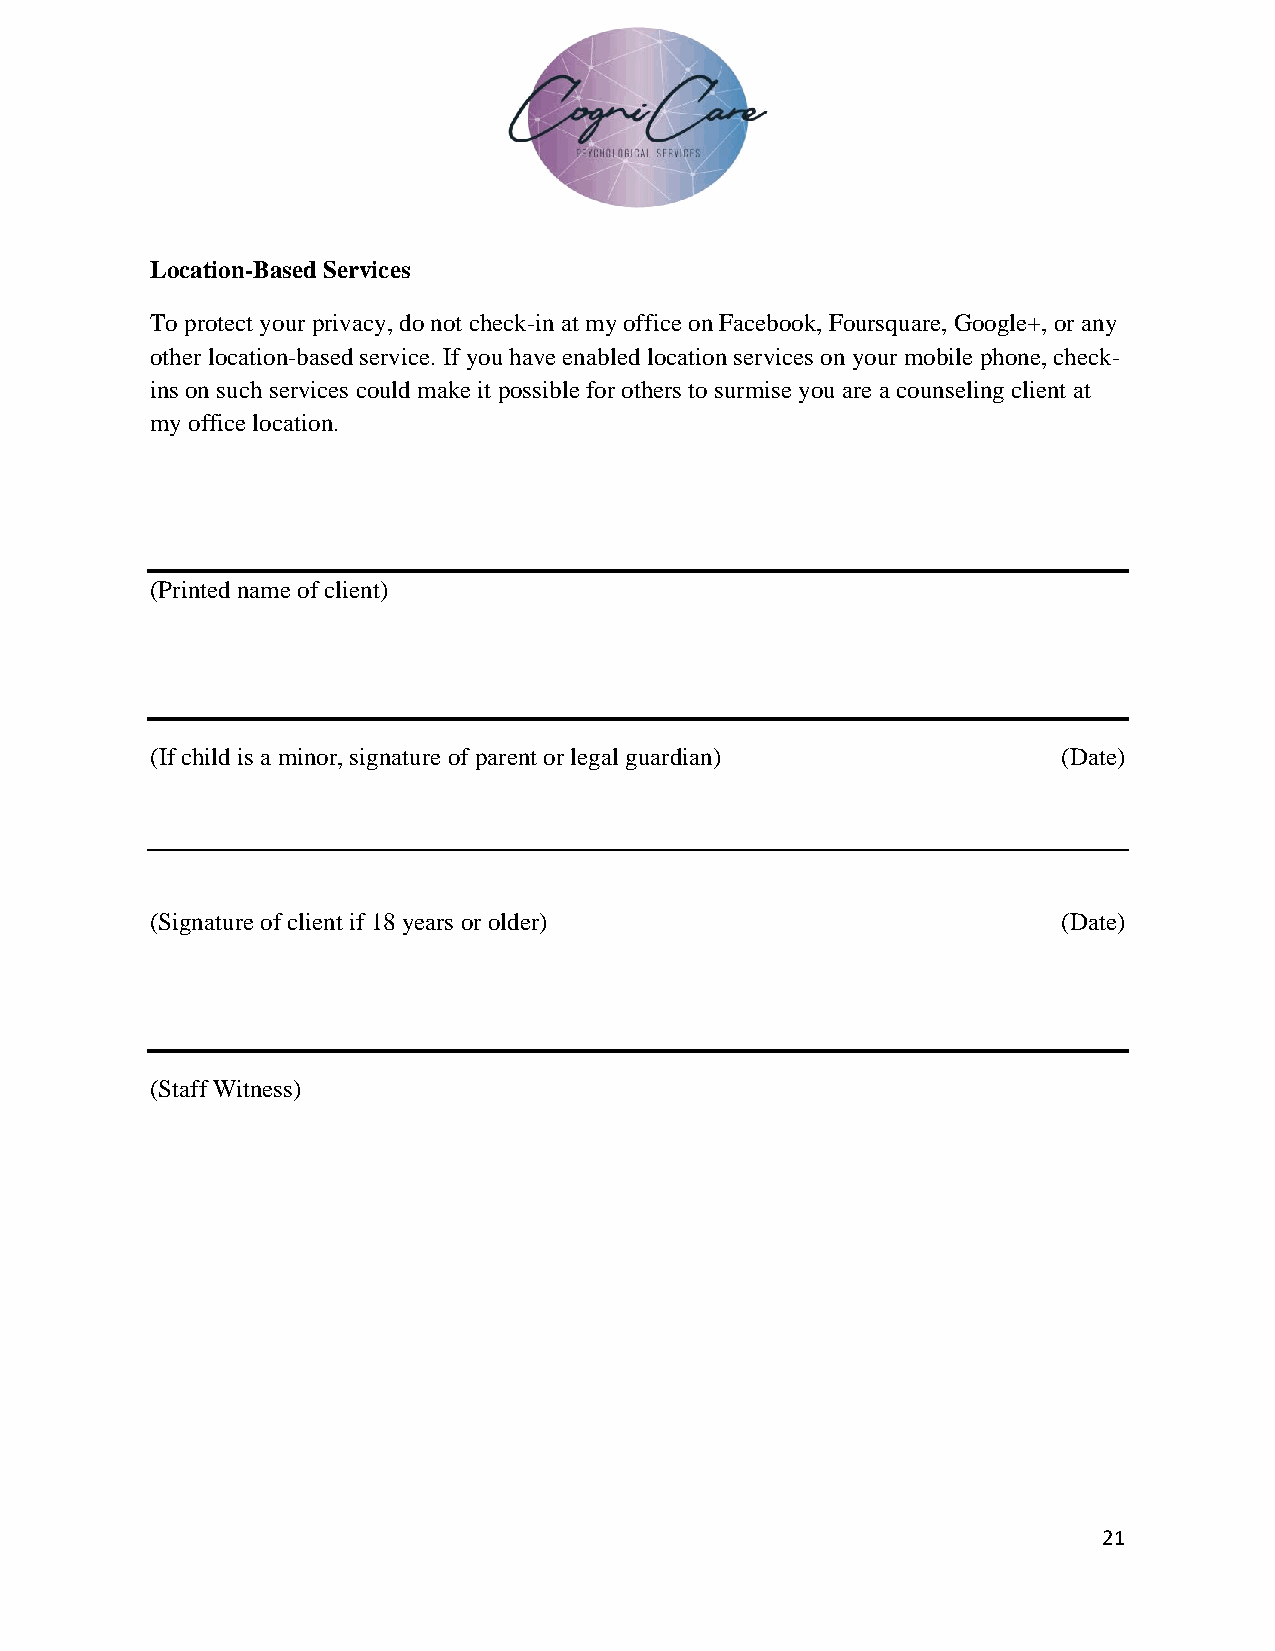
Location-Based Services
 To protect your privacy, do not check-in at my office on Facebook, Foursquare, Google+, or any
 other location-based service. If you have enabled location services on your mobile phone, check-
 ins on such services could make it possible for others to surmise you are a counseling client at
 my office location.
 (Printed name of client)
 (If child is a minor, signature of parent or legal guardian) (Date)
 (Signature of client if 18 years or older)                  (Date)
 (Staff Witness)
 21